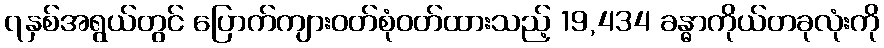
၇နှစ်အရွယ်တွင် ပြောက်ကျားဝတ်စုံဝတ်ထားသည့် 19,434 ခန္ဓာကိုယ်တခုလုံးကို